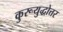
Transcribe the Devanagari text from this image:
कुरूयुद्धोत्तर